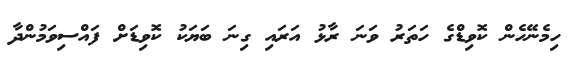
ހިމެނޭހެން ކޮވިޑްގެ ހަތަރު ވަނަ ރާޅު އަރައި ގިނަ ބަޔަކު ކޮވިޑަށް ފައްސިވަމުންދާ